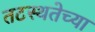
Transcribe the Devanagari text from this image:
तटस्थतेच्या